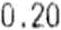
0.20